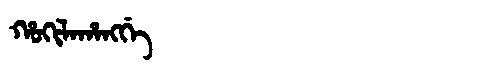
Manchu: ᡥᠣᡴᡳᠯᠠᡥᠠᠩᡤᡝ
Romanization: HOKILAHANGGE